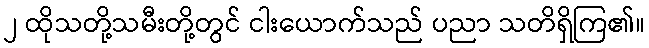
၂ ထိုသတို့သမီးတို့တွင် ငါးယောက်သည် ပညာ သတိရှိကြ၏။